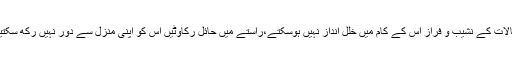
حالات کے نشیب و فراز اس کے کام میں خلل انداز نہیں ہوسکتے،راستے میں حائل رکاوٹیں اس کو اپنی منزل سے دور نہیں رکھ سکتیں۔